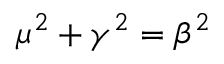
\mu ^ { 2 } + \gamma ^ { 2 } = \beta ^ { 2 }